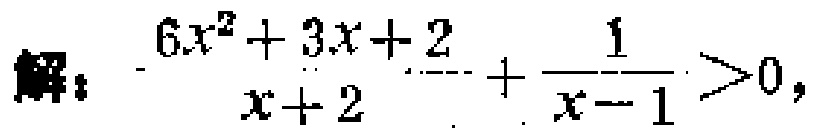
解：$\frac{6x^{2}+3x + 2}{x + 2}+\frac{1}{x - 1}>0$，